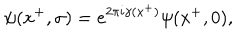
LaTeX: \psi ( x ^ { + } , \sigma ) = e ^ { 2 \pi i \gamma ( x ^ { + } ) } \psi ( x ^ { + } , 0 ) ,